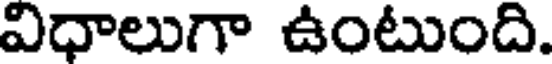
విధాలుగా ఉంటుంది.